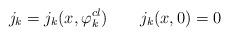
LaTeX: \begin{align*}j_k = j_k(x,\varphi^{cl}_k) \qquad j_k(x, 0) = 0\end{align*}